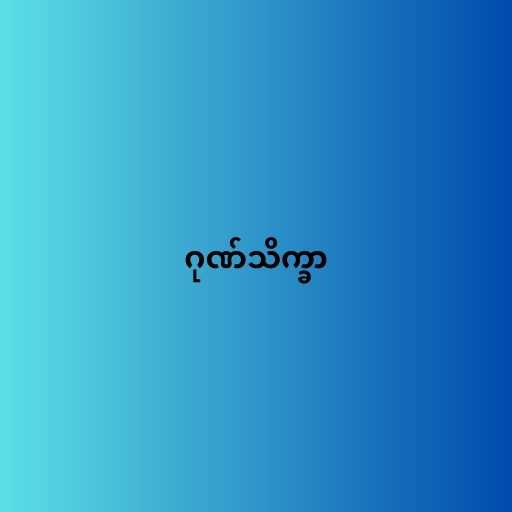
ဂုဏ်သိက္ခာ